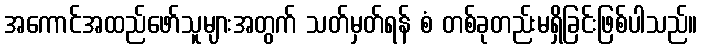
အကောင်အထည်ဖော်သူများအတွက် သတ်မှတ်ရန် စံ တစ်ခုတည်းမရှိခြင်းဖြစ်ပါသည်။